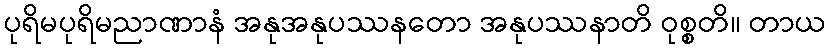
ပုရိမပုရိမညာဏာနံ အနုအနုပဿနတော အနုပဿနာတိ ဝုစ္စတိ။ တာယ